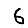
Digit: 6